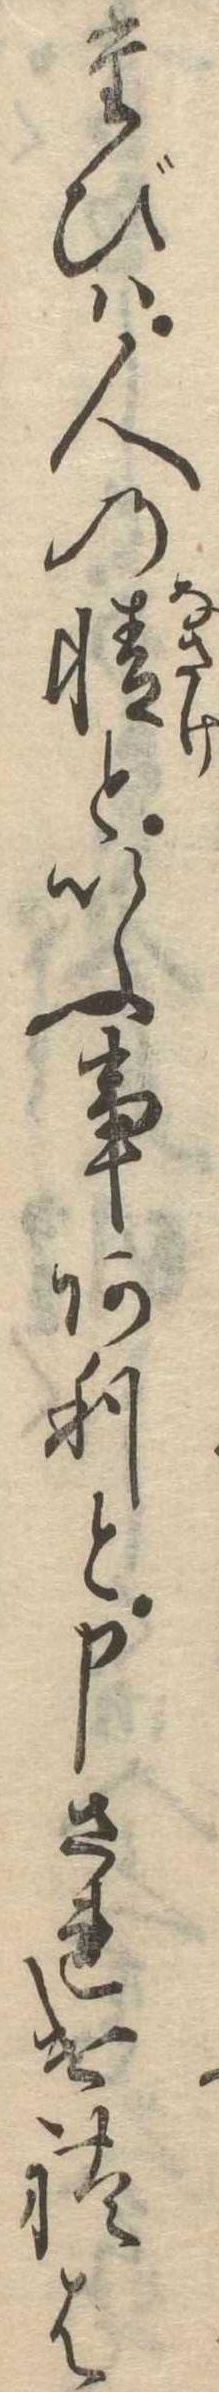
たびは人の情といふ事ありと申されければ